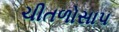
ચીતળોસાપ